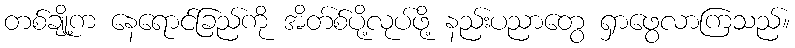
တစ်ချို့က နေရောင်ခြည်ကို အိတ်စ်ပို့လုပ်ဖို့ နည်းပညာတွေ ရှာဖွေလာကြသည်။